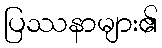
ပြဿနာများ၏